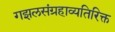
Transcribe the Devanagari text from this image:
गझलसंग्रहाव्यतिरिक्त